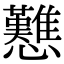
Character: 戁